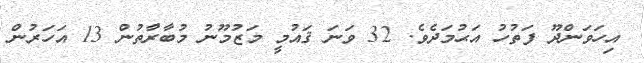
އިހަވަންދޫ ފަތުހު އަޙުމަދެވެ. 32 ވަނަ ޤައުމީ މަޒުމޫނު މުބާރާުތުން 13 އަހަރުން